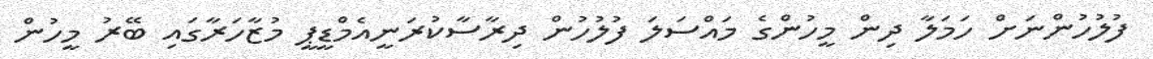
ފުލުހުންނަށް ހަމަލާ ދިން މީހުންގެ މައްސަލަ ފުލުހުން ދިރާސާކުރަނީއެމްޑީޕީ މުޒާހަރާގައި ބޭރު މީހުން